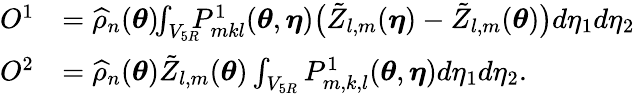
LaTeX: \begin{array}{rl}{O^{1}}&{=\widehat{\rho}_{n}({\boldsymbol{\theta}})\! \! \int_{V_{5R}}\! \! \! P_{mkl}^{1}({\boldsymbol{\theta}},{\boldsymbol{\eta}})\big(\tilde{Z}_{l,m}({\boldsymbol{\eta}})-\tilde{Z}_{l,m}({\boldsymbol{\theta}})\big)d\eta_{1}d\eta_{2}}\\ {O^{2}}&{=\widehat{\rho}_{n}({\boldsymbol{\theta}})\tilde{Z}_{l,m}({\boldsymbol{\theta}})\int_{V_{5R}}P_{m,k,l}^{1}({\boldsymbol{\theta}},{\boldsymbol{\eta}})d\eta_{1}d\eta_{2}.}\end{array}